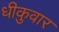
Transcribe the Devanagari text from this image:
धीकुवार